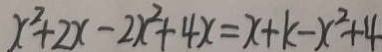
x ^ { 2 } + 2 x - 2 x ^ { 2 } + 4 x = x + k - x ^ { 2 } + 4